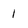
Character: 1